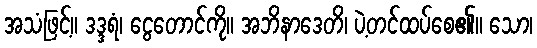
အသံဖြင့်။ ဒဒ္ဒရံ၊ ငွေတောင်ကို။ အဘိနာဒေတိ၊ ပဲ့တင်ထပ်စေ၏။ သော၊